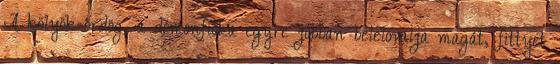
A kölyök-ördög, a démonfióka egyre jobban belelovalja magát, fittyet